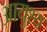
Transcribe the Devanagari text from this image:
आयुश्य